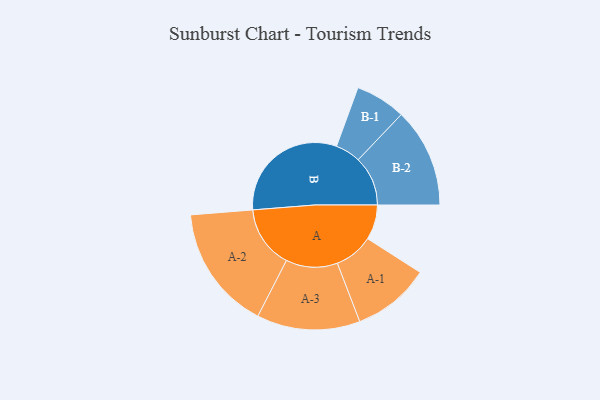
{"axis": {"x": "Segment", "y": "Value"}, "legend": ["", "A", "B"], "data": [{"x": "A", "y": 140, "type": ""}, {"x": "B", "y": 492, "type": ""}, {"x": "A-1", "y": 156, "type": "A"}, {"x": "A-2", "y": 250, "type": "A"}, {"x": "A-3", "y": 207, "type": "A"}, {"x": "B-1", "y": 101, "type": "B"}, {"x": "B-2", "y": 199, "type": "B"}]}